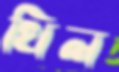
থিল